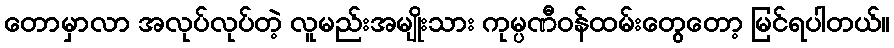
တောမှာလာ အလုပ်လုပ်တဲ့ လူမည်းအမျိုးသား ကုမ္ပဏီဝန်ထမ်းတွေတော့ မြင်ရပါတယ်။